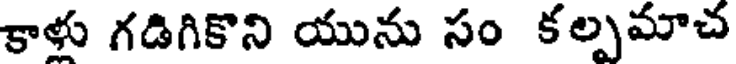
కాళు గడిగికొని యును సం కల్పమాచ